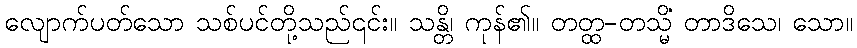
လျောက်ပတ်သော သစ်ပင်တို့သည်၎င်း။ သန္တိ၊ ကုန်၏။ တတ္ထ-တသ္မိံ တာဒိသေ၊ သော။